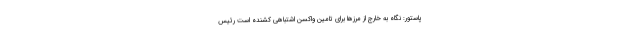
پاستور: نگاه به خارج از مرزها برای تامین واکسن اشتباهی کشنده است رئیس